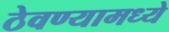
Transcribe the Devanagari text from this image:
ठेवण्यामध्ये